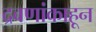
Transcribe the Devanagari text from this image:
द्रवणांकाहून